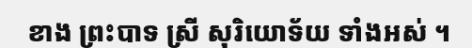
ខាង ព្រះបាទ ស្រី សុរិយោទ័យ ទាំងអស់ ។